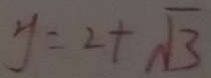
y = 2 + \sqrt { 3 }